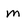
Character: m